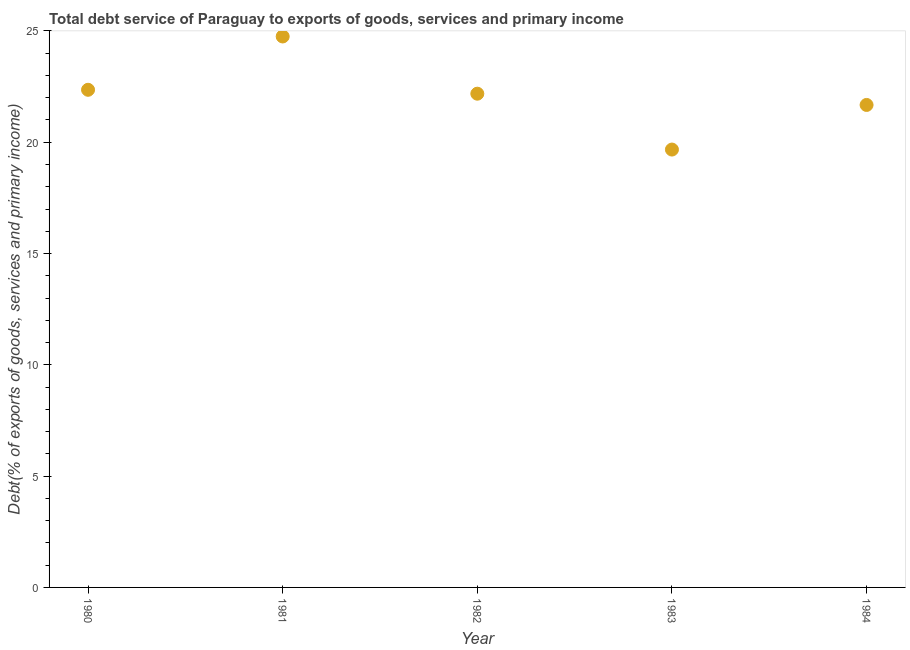
| Year | Total debt service |
 | --- | --- |
 | 1980 | 22.4 |
 | 1981 | 24.8 |
 | 1982 | 22.2 |
 | 1983 | 19.7 |
 | 1984 | 21.7 |